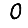
Digit: 0